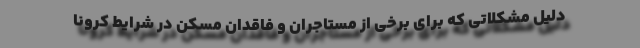
دلیل مشکلاتی که برای برخی از مستاجران و فاقدان مسکن در شرایط کرونا